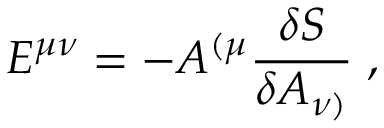
E ^ { \mu \nu } = - A ^ { ( \mu } { \frac { \delta S } { \delta A _ { \nu ) } } } \; ,